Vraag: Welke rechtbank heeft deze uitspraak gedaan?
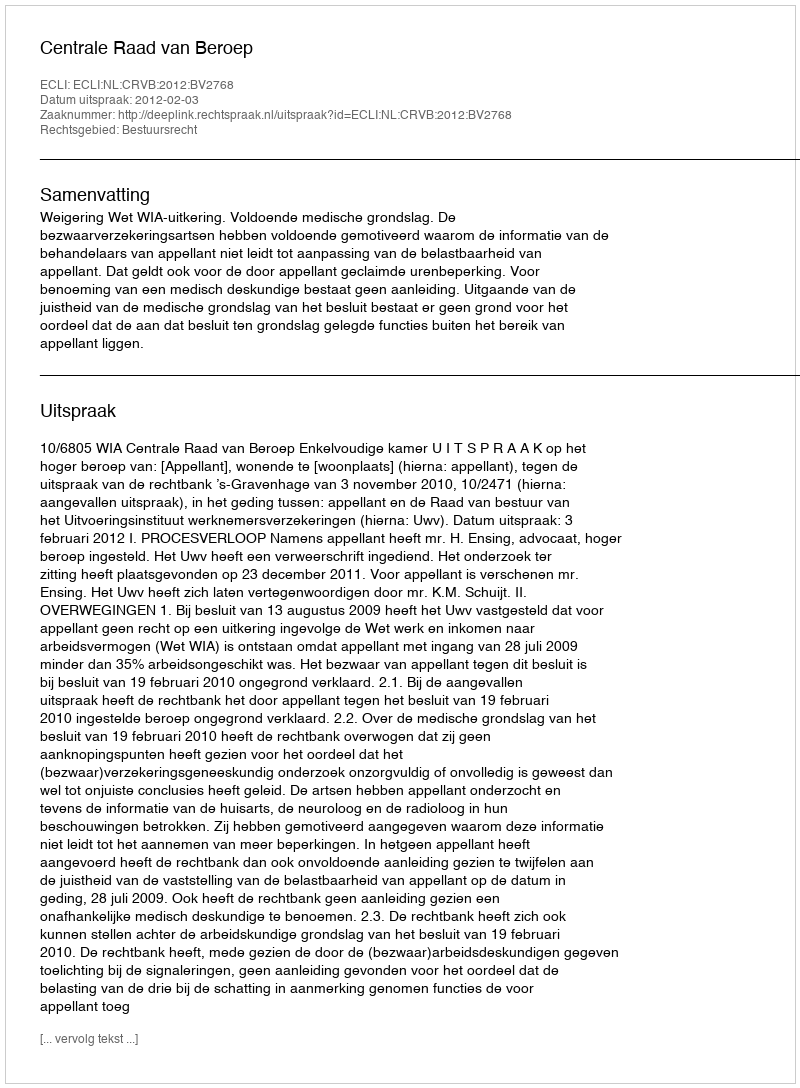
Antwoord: Centrale Raad van Beroep